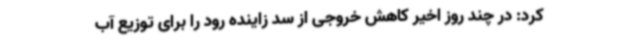
کرد: در چند روز اخیر کاهش خروجی از سد زاینده رود را برای توزیع آب